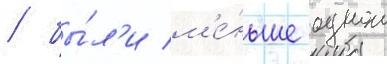
/ бы́л'и м'е́ньше однои